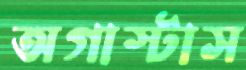
অগাস্টাস